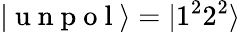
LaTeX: |\mathrm{~u~n~p~o~l~}\rangle=|1^{2}2^{2}\rangle